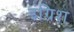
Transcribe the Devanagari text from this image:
इंग्रिश